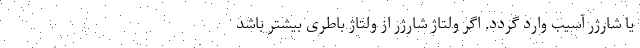
یا شارژر آسیب وارد گردد. اگر ولتاژ شارژر از ولتاژ باطری بیشتر باشد